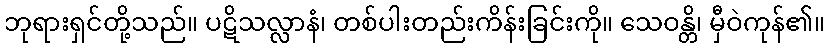
ဘုရားရှင်တို့သည်။ ပဋိသလ္လာနံ၊ တစ်ပါးတည်းကိန်းခြင်းကို။ သေဝန္တိ၊ မှီဝဲကုန်၏။